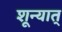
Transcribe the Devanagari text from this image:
शून्यात्